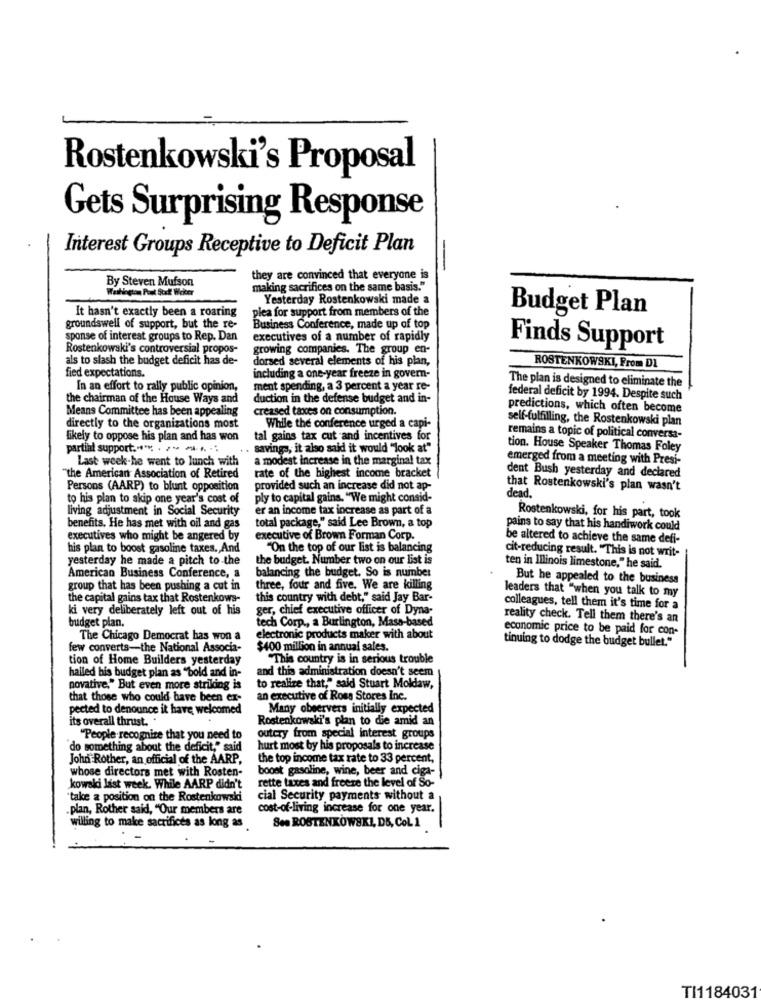
Rostenkowski's Proposal
Gets Surprising Response
Interest Groups Receptive to Deficit Plan
-
they are convinced that everyone is
By Steven Mufson
making sacrifices on the same basis."
Yesterday Rostenkowski made a
It hasn't exactly been a roaring
plea for support from members of the
Budget Plan
groundswell of support, but the re-
Business Conference, made up of top
sponse of interest groups to Rep. Dan
executives of a number of rapidly
Rostenkowski's controversial propos-
growing companies. The group en-
Finds Support
als to slash the budget deficit has de-
dorsed several elements of his plan,
fied expectations.
ROSTENKOWSKI, From DL
including a one-year freeze in govern-
The plan is designed to eliminate the
In an effort to rally public opinion,
ment spending, a 3 percent a year re-
the chairman of the House Ways and
duction in the defense budget and in-
federal deficit by 1994. Despite such
Means Committee has been appealing
creased taxes on consumption.
predictions, which often become
self-fulfilling, the Rostenkowski plan
directly to the organizations most
While the conference urged a capi-
likely to oppose his plan and has won
tal gains tax cut and incentives for
remains a topic of political conversa-
partial support .·· ··-
. . savings, it also said it would "look at"
tion. House Speaker Thomas Foley
Last week-he went to lunch with
a modest increase in the marginal tax
emerged from a meeting with Presi-
"the American Association of Retired
rate of the highest income bracket
dent Bush yesterday and declared
Persons (AARP) to blunt opposition
provided such an increase did not ap-
that Rostenkowski's plan wasn't
to his plan to skip one year's cost of
ply to capital gains. "We might consid-
dead.
living adjustment in Social Security
er an income tax increase as part of a
Rostenkowski, for his part, took
benefits. He has met with oil and gas
total package," said Lee Brown, a top
pains to say that his handiwork could
executives who might be angered by
executive of Brown Forman Corp.
be altered to achieve the same defi-
his plan to boost gasoline taxes. And
"On the top of our list is balancing
cit-reducing result. "This is not writ-
yesterday he made a pitch to the
the budget. Number two on our list is
ten in Illinois limestone," he said.
American Business Conference, a
balancing the budget. So is number
But he appealed to the business
group that has been pushing a cut in
three, four and five. We are killing
leaders that "when you talk to my
the capital gains tax that Rostenkows-
this country with debt," said Jay Bar-
ki very deliberately left out of his
ger, chief executive officer of Dyna-
colleagues, tell them it's time for a
budget plan.
tech Corp ., a Burlington, Masa-based
reality check. Tell them there's an
economic price to be paid for con-
The Chicago Democrat has won a
electronic products maker with about
few converts-the National Associa-
$400 million in annual sales.
tinuing to dodge the budget bullet."
tion of Home Builders yesterday
"This country is in serious trouble
halled his budget plan as "bold and in-
and this administration doesn't seem
novative." But even more striking is
to realize that," said Stuart Moldaw,
that those who could have been ex-
an executive of Ross Stores Inc.
pected to denounce it have welcomed
Many observers initially expected
its overall thrust. .
Rostenkowski's plan to die amid an
"People recognize that you need to
outery from special interest groups
do something about the deficit," said
hurt most by his proposals to increase
John Rother, an official of the AARP,
the top income tax rate to 33 percent,
whose directors met with Rosten-
boost gasoline, wine, beer and ciga-
rette taxes and freeze the level of So-
kowaki last week. While AARP didn't
take a position on the Rostenkowski
cial Security payments without a
plan, Rother said, "Our members are
cost-of-living increase for one year.
willing to make sacrifices as long as
See ROSTENKOWSKI, D5, CoL 1
TI1184031